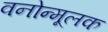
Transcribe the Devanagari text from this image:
वनोन्मूलक